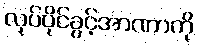
လုပ်ပိုင်ခွင့်အာဏာကို